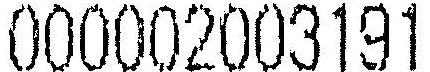
000002003191